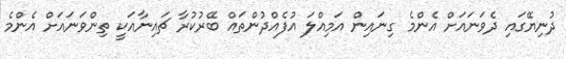
ދުނިޔޭގައި ދެވަނައަށް އެންމެ ގިނައިން އަމިއްލަ އުފެއްދުންތައް ބޭރުކުރާ ޗައިނާއަކީ ތިންވަނައަށް އެންމެ